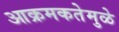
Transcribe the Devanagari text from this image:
आक्रमकतेमुळे